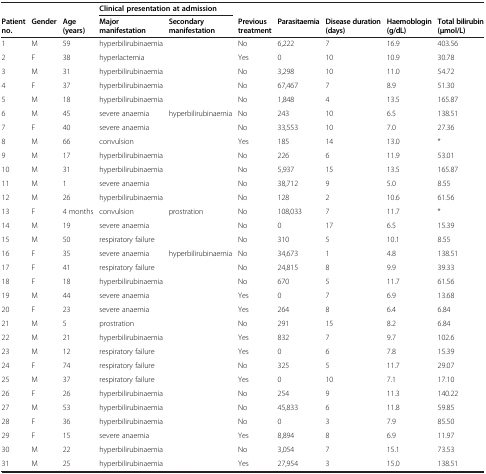
<table><thead><tr><td><b> </b></td><td><b> </b></td><td><b> </b></td><td colspan="2"><b>Clinical presentation at admission</b></td><td><b> </b></td><td><b> </b></td><td><b> </b></td><td><b> </b></td><td><b> </b></td></tr><tr><td><b>Patient no.</b></td><td><b>Gender</b></td><td><b>Age (years)</b></td><td><b>Major manifestation</b></td><td><b>Secondary manifestation</b></td><td><b>Previous treatment</b></td><td><b>Parasitaemia</b></td><td><b>Disease duration (days)</b></td><td><b>Haemoblogin (g/dL)</b></td><td><b>Total bilirubin (μmol/L)</b></td></tr></thead><tbody><tr><td>1</td><td>M</td><td>59</td><td>hyperbilirubinaemia</td><td> </td><td>No</td><td>6,222</td><td>7</td><td>16.9</td><td>403.56</td></tr><tr><td>2</td><td>F</td><td>38</td><td>hyperlactemia</td><td> </td><td>Yes</td><td>0</td><td>10</td><td>10.9</td><td>30.78</td></tr><tr><td>3</td><td>M</td><td>31</td><td>hyperbilirubinaemia</td><td> </td><td>No</td><td>3,298</td><td>10</td><td>11.0</td><td>54.72</td></tr><tr><td>4</td><td>F</td><td>37</td><td>hyperbilirubinaemia</td><td> </td><td>No</td><td>67,467</td><td>7</td><td>8.9</td><td>51.30</td></tr><tr><td>5</td><td>M</td><td>18</td><td>hyperbilirubinaemia</td><td> </td><td>No</td><td>1,848</td><td>4</td><td>13.5</td><td>165.87</td></tr><tr><td>6</td><td>M</td><td>45</td><td>severe anaemia</td><td>hyperbilirubinaemia</td><td>No</td><td>243</td><td>10</td><td>6.5</td><td>138.51</td></tr><tr><td>7</td><td>F</td><td>40</td><td>severe anaemia</td><td> </td><td>No</td><td>33,553</td><td>10</td><td>7.0</td><td>27.36</td></tr><tr><td>8</td><td>M</td><td>66</td><td>convulsion</td><td> </td><td>Yes</td><td>185</td><td>14</td><td>13.0</td><td>*</td></tr><tr><td>9</td><td>M</td><td>17</td><td>hyperbilirubinaemia</td><td> </td><td>No</td><td>226</td><td>6</td><td>11.9</td><td>53.01</td></tr><tr><td>10</td><td>M</td><td>31</td><td>hyperbilirubinaemia</td><td> </td><td>No</td><td>5,937</td><td>15</td><td>13.5</td><td>165.87</td></tr><tr><td>11</td><td>M</td><td>1</td><td>severe anaemia</td><td> </td><td>No</td><td>38,712</td><td>9</td><td>5.0</td><td>8.55</td></tr><tr><td>12</td><td>M</td><td>26</td><td>hyperbilirubinaemia</td><td> </td><td>No</td><td>128</td><td>2</td><td>10.6</td><td>61.56</td></tr><tr><td>13</td><td>F</td><td>4 months</td><td>convulsion</td><td>prostration</td><td>No</td><td>108,033</td><td>7</td><td>11.7</td><td>*</td></tr><tr><td>14</td><td>M</td><td>19</td><td>severe anaemia</td><td> </td><td>No</td><td>0</td><td>17</td><td>6.5</td><td>15.39</td></tr><tr><td>15</td><td>M</td><td>50</td><td>respiratory failure</td><td> </td><td>No</td><td>310</td><td>5</td><td>10.1</td><td>8.55</td></tr><tr><td>16</td><td>F</td><td>35</td><td>severe anaemia</td><td>hyperbilirubinaemia</td><td>No</td><td>34,673</td><td>1</td><td>4.8</td><td>138.51</td></tr><tr><td>17</td><td>F</td><td>41</td><td>respiratory failure</td><td> </td><td>No</td><td>24,815</td><td>8</td><td>9.9</td><td>39.33</td></tr><tr><td>18</td><td>F</td><td>18</td><td>hyperbilirubinaemia</td><td> </td><td>No</td><td>670</td><td>5</td><td>11.7</td><td>61.56</td></tr><tr><td>19</td><td>M</td><td>44</td><td>severe anaemia</td><td> </td><td>Yes</td><td>0</td><td>7</td><td>6.9</td><td>13.68</td></tr><tr><td>20</td><td>F</td><td>23</td><td>severe anaemia</td><td> </td><td>Yes</td><td>264</td><td>8</td><td>6.4</td><td>6.84</td></tr><tr><td>21</td><td>M</td><td>5</td><td>prostration</td><td> </td><td>No</td><td>291</td><td>15</td><td>8.2</td><td>6.84</td></tr><tr><td>22</td><td>M</td><td>21</td><td>hyperbilirubinaemia</td><td> </td><td>Yes</td><td>832</td><td>7</td><td>9.7</td><td>102.6</td></tr><tr><td>23</td><td>M</td><td>12</td><td>respiratory failure</td><td> </td><td>Yes</td><td>0</td><td>6</td><td>7.8</td><td>15.39</td></tr><tr><td>24</td><td>F</td><td>74</td><td>respiratory failure</td><td> </td><td>No</td><td>325</td><td>5</td><td>11.7</td><td>29.07</td></tr><tr><td>25</td><td>M</td><td>37</td><td>respiratory failure</td><td> </td><td>Yes</td><td>0</td><td>10</td><td>7.1</td><td>17.10</td></tr><tr><td>26</td><td>F</td><td>26</td><td>hyperbilirubinaemia</td><td> </td><td>No</td><td>254</td><td>9</td><td>11.3</td><td>140.22</td></tr><tr><td>27</td><td>M</td><td>53</td><td>hyperbilirubinaemia</td><td> </td><td>No</td><td>45,833</td><td>6</td><td>11.8</td><td>59.85</td></tr><tr><td>28</td><td>F</td><td>36</td><td>hyperbilirubinaemia</td><td> </td><td>No</td><td>0</td><td>3</td><td>7.9</td><td>85.50</td></tr><tr><td>29</td><td>F</td><td>15</td><td>severe anaemia</td><td> </td><td>Yes</td><td>8,894</td><td>8</td><td>6.9</td><td>11.97</td></tr><tr><td>30</td><td>M</td><td>22</td><td>hyperbilirubinaemia</td><td> </td><td>No</td><td>3,054</td><td>7</td><td>15.1</td><td>73.53</td></tr><tr><td>31</td><td>M</td><td>25</td><td>hyperbilirubinaemia</td><td> </td><td>Yes</td><td>27,954</td><td>3</td><td>15.0</td><td>138.51</td></tr></tbody></table>